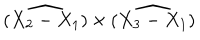
\widehat { ( X _ { 2 } - X _ { 1 } ) } \times \widehat { ( X _ { 3 } - X _ { 1 } ) }